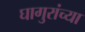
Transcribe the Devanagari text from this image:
घागुरांच्या